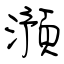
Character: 澦